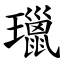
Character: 㼃